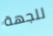
للجهة